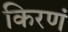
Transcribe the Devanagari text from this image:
किरणं